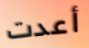
أعدت